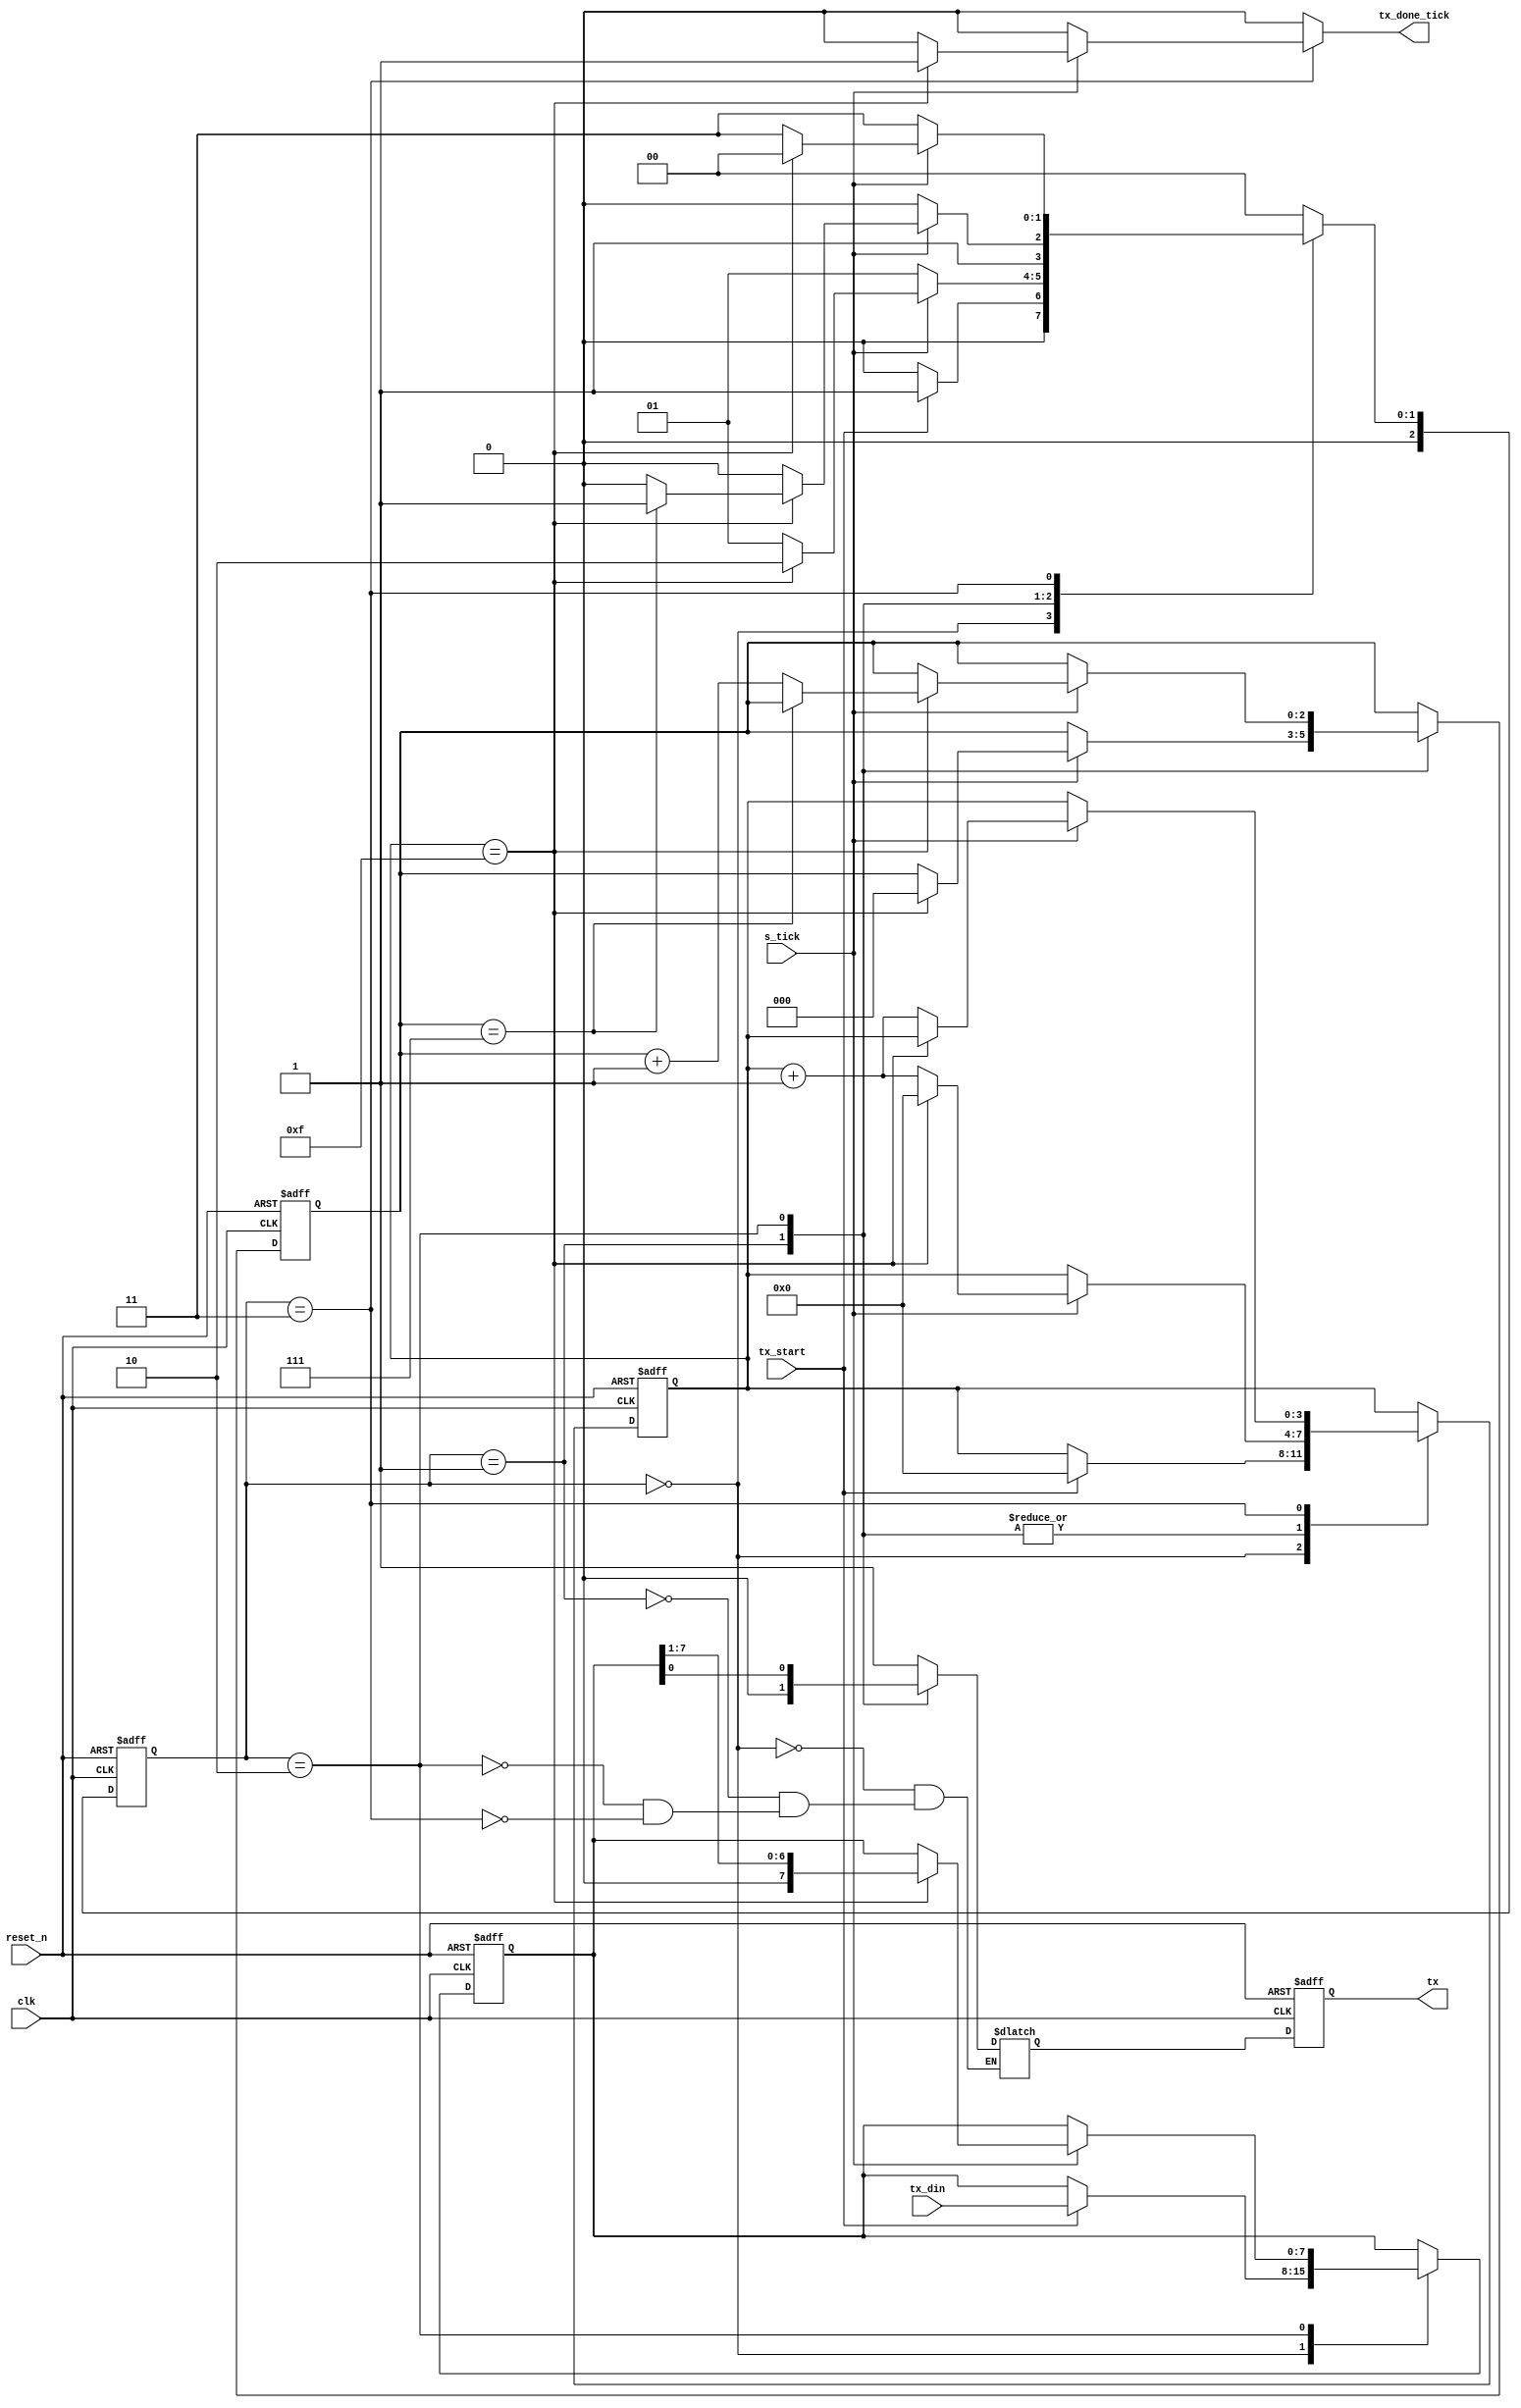
// UART Transmitter
//
module uart_transmitter
    #(parameter D_BITS=8,           // Data bits that are sent/received.
                SB_TICK=16
    )(
    input clk,                      // Top level system clock input.
    input reset_n,                  // Asynchronous active low reset.
    input s_tick,                   // Send the data on data pin.
    input [D_BITS -1:0] tx_din,     // Data input that gets sent out.
    input tx_start,                 // Data is available for fetching from FIFO.  
    output tx,                      // UART transmitter Pin.
    output reg tx_done_tick         // Set when transmitting is finished. 
    );
    
    reg [2:0] tx_state, tx_state_next;
    reg [3:0] s_register, s_register_next;
    reg [$clog2(D_BITS) - 1:0] n_bits_register, n_bits_register_next;
    reg [D_BITS - 1:0] b_bits_register, b_bits_register_next;
    reg tx_register, tx_register_next;

    // Define the FSM states.
    localparam t_state_idle = 0;
    localparam t_state_start = 1;
    localparam t_state_data = 2;
    localparam t_state_stop = 3;
    
    // initiate states registers 
    always @ (posedge clk, negedge reset_n) begin 
        if (!reset_n) begin 
            tx_state <= 0;
            s_register <= 0;
            n_bits_register <= 0;
            b_bits_register <= 0;
            tx_register <= 1'b1;
        end else
        begin
            tx_state <= tx_state_next;
            s_register <= s_register_next;
            n_bits_register <= n_bits_register_next;
            b_bits_register <= b_bits_register_next;
            tx_register <= tx_register_next;

        end
    end

    // next state logic section 
    always @ (*) 
    begin 
        tx_state_next = tx_state;
        s_register_next = s_register;
        n_bits_register_next = n_bits_register;
        b_bits_register_next = b_bits_register;
        tx_done_tick = 1'b0;
        case (tx_state) 
            t_state_idle:
            begin
                tx_register_next = 1'b1;
                if (!tx_start)
                    tx_state_next = t_state_idle;
                else begin
                    s_register_next =  0;
                    b_bits_register_next = tx_din;;
                    tx_state_next = t_state_start;
                end
            end
            t_state_start: 
            begin
                tx_register_next = 1'b0;
                if (!s_tick)
                    tx_state_next = t_state_start;
                else begin 
                    if (s_register == 15) begin 
                        s_register_next = 0;
                        n_bits_register_next = 0;
                        tx_state_next = t_state_data;
                    end
                    else begin 
                        s_register_next = s_register + 1;
                        tx_state_next = t_state_start;
                    end
                end
            end
            t_state_data: 
            begin
                tx_register_next = b_bits_register[0];
                if (!s_tick)
                    tx_state_next = t_state_data;
                else begin 
                    if (s_register == 15) begin 
                        s_register_next = 0;
                        b_bits_register_next = {1'b0, b_bits_register[D_BITS - 1:1]};
                        if (n_bits_register == D_BITS -1)
                            tx_state_next = t_state_stop;
                        else begin 
                            n_bits_register_next = n_bits_register + 1;
                            tx_state_next = t_state_data;
                        end
                    end 
                    else begin 
                       s_register_next = s_register + 1;
                       tx_state_next = t_state_data;
                    end
                end
            end
            t_state_stop: 
            begin 
                tx_register_next = 1'b1;
                if (!s_tick)
                    tx_state_next = t_state_stop;
                else begin 
                    if (s_register == SB_TICK -1) begin 
                        tx_done_tick = 1'b1;
                        tx_state_next = t_state_idle;
                    end 
                    else begin 
                        s_register_next = s_register + 1;
                        tx_state_next = t_state_stop;
                    end
                end
            end
            default: tx_state_next = t_state_idle;
        endcase
    end
    
    // output logic section
    assign tx = tx_register;

endmodule